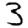
Digit: 3